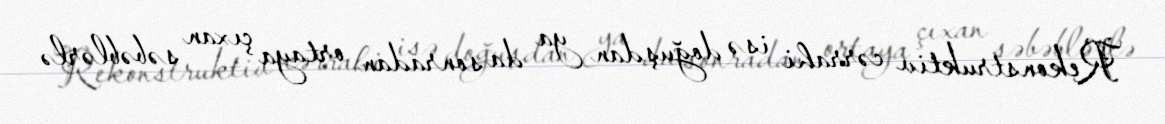
Rekonstruktiv cərrahi isə doğuşdan ya da sonradan ortaya çıxan səbəblərlə